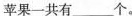
苹果一共有___个。